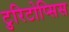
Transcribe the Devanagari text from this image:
टुरिटोप्सिस